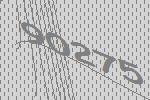
90275